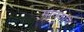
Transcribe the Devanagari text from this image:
मानकांचे